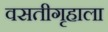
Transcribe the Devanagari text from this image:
वसतीगृहाला